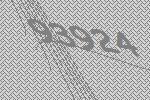
93924